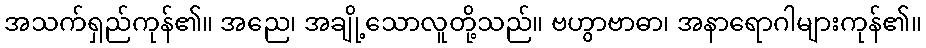
အသက်ရှည်ကုန်၏။ အညေ၊ အချို့သောလူတို့သည်။ ဗဟွာဗာဓာ၊ အနာရောဂါများကုန်၏။